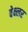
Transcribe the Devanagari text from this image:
वेक्ष्लर